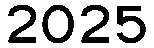
2025